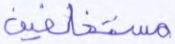
مستخلفين